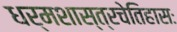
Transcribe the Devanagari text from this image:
धर्मशास्त्रचेतिहासः